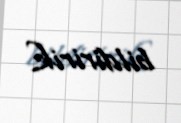
bildiririk.